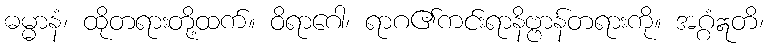
ဓမ္မာနံ၊ ထိုတရားတို့ထက်။ ဝိရာဂေါ၊ ရာဂ၏ကင်းရာနိဗ္ဗာန်တရားကို။ အဂ္ဂံဣတိ၊